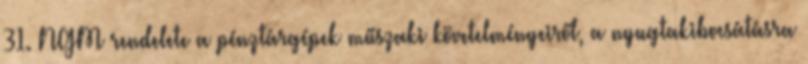
31. NGM rendelete a pénztárgépek műszaki követelményeiről, a nyugtakibocsátásra